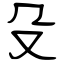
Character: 殳